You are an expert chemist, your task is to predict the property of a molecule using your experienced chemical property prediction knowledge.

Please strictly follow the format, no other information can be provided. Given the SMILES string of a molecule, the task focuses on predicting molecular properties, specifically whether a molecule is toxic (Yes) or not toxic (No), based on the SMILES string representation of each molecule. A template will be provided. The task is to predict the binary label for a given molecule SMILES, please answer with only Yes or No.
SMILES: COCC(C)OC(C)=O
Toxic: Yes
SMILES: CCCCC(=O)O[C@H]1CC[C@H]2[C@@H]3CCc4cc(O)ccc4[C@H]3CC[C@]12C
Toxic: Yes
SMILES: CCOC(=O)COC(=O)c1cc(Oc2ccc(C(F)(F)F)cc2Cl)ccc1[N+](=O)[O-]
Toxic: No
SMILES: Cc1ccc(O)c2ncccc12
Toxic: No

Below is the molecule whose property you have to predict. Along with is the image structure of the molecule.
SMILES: CCN(C)N=O
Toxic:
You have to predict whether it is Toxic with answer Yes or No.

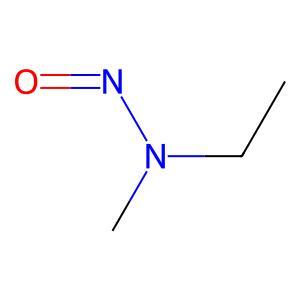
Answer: No